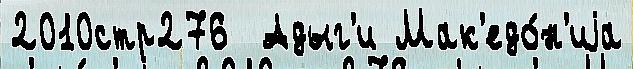
2010стр276  Адыг'и Мак'едо́н'иjа